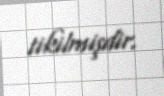
tikilmişdir.